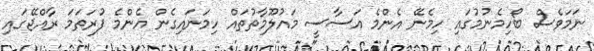
ނަމަވެސް ބޯހިމެނުމުގައި ހިމެނޭ އެންމެ އަސާސީ މައުލޫމާތުތައް ހިމަނައިގެން އެންމެ ފުރަތަމަ ރާއްޖޭގައި